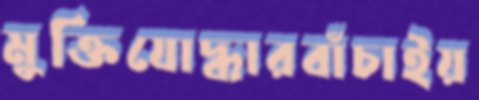
মুক্তিযোদ্ধারবাঁচাইয়